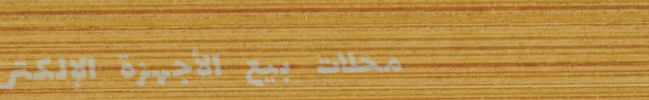
محلات بيع الأجهزة الإلكتر